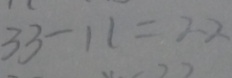
3 3 - 1 1 = 2 2